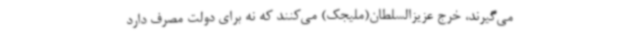
می‌گیرند، خرج عزیزالسلطان(ملیجک) می‌کنند که نه برای دولت مصرف دارد